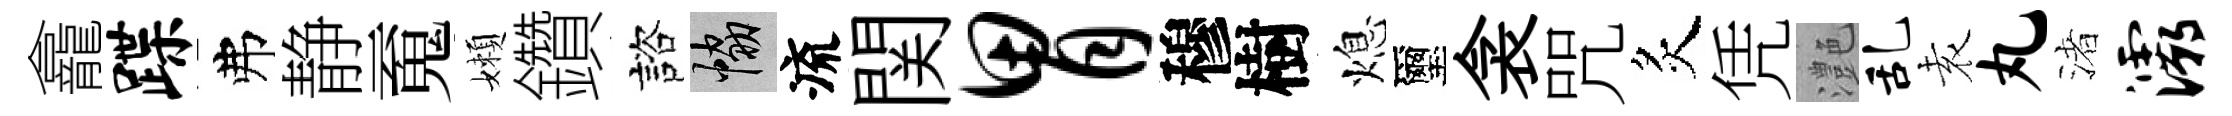
龕蹀弗静䰟嬾鑽諮協流関胃穆樹熄璽衾咒炙凭灔乱𡊮丸渚灞